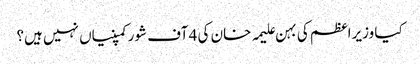
کیا وزیراعظم کی بہن علیمہ خان کی 4 آف شور کمپنیاں نہیں ہیں؟